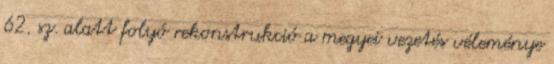
62. sz. alatt folyó rekonstrukció a megyei vezetés véleménye